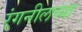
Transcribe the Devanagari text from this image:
रंगनीलच्या